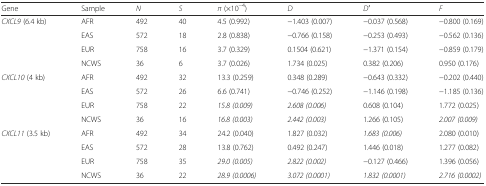
| Gene | Sample | N | S | π (×10−4) | D | D′ | F |
 | --- | --- | --- | --- | --- | --- | --- | --- |
 | <ROWSPAN=4> CXCL9 (6.4 kb) | AFR | 492 | 40 | 4.5 (0.992) | −1.403 (0.007) | −0.037 (0.568) | −0.800 (0.169) |
 | EAS | 572 | 18 | 2.8 (0.838) | −0.766 (0.158) | −0.253 (0.493) | −0.562 (0.136) |
 | EUR | 758 | 16 | 3.7 (0.329) | 0.1504 (0.621) | −1.371 (0.154) | −0.859 (0.179) |
 | NCWS | 36 | 6 | 3.7 (0.026) | 1.734 (0.025) | 0.382 (0.206) | 0.950 (0.176) |
 | <ROWSPAN=4> CXCL10 (4 kb) | AFR | 492 | 32 | 13.3 (0.259) | 0.348 (0.289) | −0.643 (0.332) | −0.202 (0.440) |
 | EAS | 572 | 26 | 6.6 (0.741) | −0.746 (0.252) | −1.146 (0.198) | −1.185 (0.136) |
 | EUR | 758 | 22 | 15.8 (0.009) | 2.608 (0.006) | 0.608 (0.104) | 1.772 (0.025) |
 | NCWS | 36 | 16 | 16.8 (0.003) | 2.442 (0.003) | 1.266 (0.105) | 2.007 (0.009) |
 | <ROWSPAN=4> CXCL11 (3.5 kb) | AFR | 492 | 34 | 24.2 (0.040) | 1.827 (0.032) | 1.683 (0.006) | 2.080 (0.010) |
 | EAS | 572 | 28 | 13.8 (0.762) | 0.492 (0.247) | 1.446 (0.018) | 1.277 (0.082) |
 | EUR | 758 | 35 | 29.0 (0.005) | 2.822 (0.002) | −0.127 (0.466) | 1.396 (0.056) |
 | NCWS | 36 | 22 | 28.9 (0.0006) | 3.072 (0.0001) | 1.832 (0.0001) | 2.716 (0.0002) |